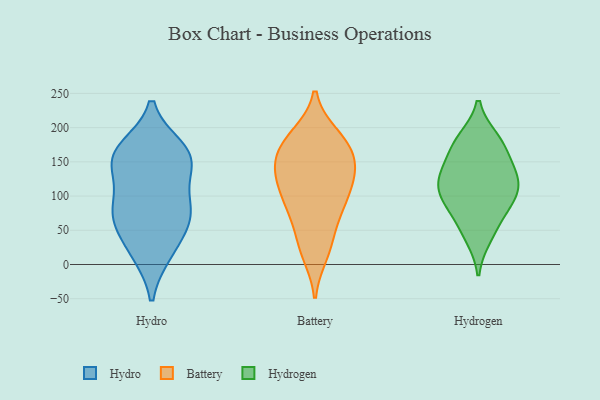
{"axis": {"x": "Production Output", "y": "Value"}, "legend": ["Battery", "Hydro", "Hydrogen"], "data": [{"x": "", "y": 153, "type": "Hydro"}, {"x": "", "y": 67, "type": "Hydro"}, {"x": "", "y": 18, "type": "Hydro"}, {"x": "", "y": 79, "type": "Hydro"}, {"x": "", "y": 90, "type": "Hydro"}, {"x": "", "y": 60, "type": "Hydro"}, {"x": "", "y": 160, "type": "Hydro"}, {"x": "", "y": 154, "type": "Hydro"}, {"x": "", "y": 169, "type": "Hydro"}, {"x": "", "y": 125, "type": "Hydro"}, {"x": "", "y": 162, "type": "Hydro"}, {"x": "", "y": 74, "type": "Hydro"}, {"x": "", "y": 17, "type": "Hydro"}, {"x": "", "y": 167, "type": "Battery"}, {"x": "", "y": 94, "type": "Battery"}, {"x": "", "y": 142, "type": "Battery"}, {"x": "", "y": 188, "type": "Battery"}, {"x": "", "y": 72, "type": "Battery"}, {"x": "", "y": 84, "type": "Battery"}, {"x": "", "y": 142, "type": "Battery"}, {"x": "", "y": 183, "type": "Battery"}, {"x": "", "y": 41, "type": "Battery"}, {"x": "", "y": 125, "type": "Battery"}, {"x": "", "y": 93, "type": "Battery"}, {"x": "", "y": 16, "type": "Battery"}, {"x": "", "y": 182, "type": "Battery"}, {"x": "", "y": 136, "type": "Battery"}, {"x": "", "y": 141, "type": "Battery"}, {"x": "", "y": 171, "type": "Battery"}, {"x": "", "y": 23, "type": "Battery"}, {"x": "", "y": 111, "type": "Battery"}, {"x": "", "y": 114, "type": "Hydrogen"}, {"x": "", "y": 59, "type": "Hydrogen"}, {"x": "", "y": 133, "type": "Hydrogen"}, {"x": "", "y": 133, "type": "Hydrogen"}, {"x": "", "y": 40, "type": "Hydrogen"}, {"x": "", "y": 131, "type": "Hydrogen"}, {"x": "", "y": 183, "type": "Hydrogen"}, {"x": "", "y": 179, "type": "Hydrogen"}, {"x": "", "y": 100, "type": "Hydrogen"}, {"x": "", "y": 92, "type": "Hydrogen"}, {"x": "", "y": 168, "type": "Hydrogen"}, {"x": "", "y": 92, "type": "Hydrogen"}]}